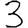
Digit: 3